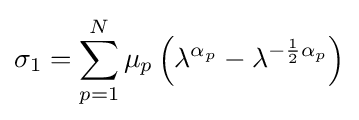
\sigma _{1}=\sum _{p=1}^{N}\mu _{p}\left(\lambda ^{\alpha _{p}}-\lambda ^{-{\frac {1}{2}}\alpha _{p}}\right)